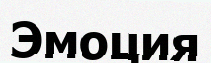
Эмоция